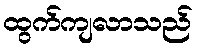
ထွက်ကျလာသည်